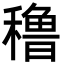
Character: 穞